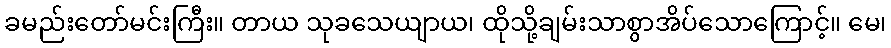
ခမည်းတော်မင်းကြီး။ တာယ သုခသေယျာယ၊ ထိုသို့ချမ်းသာစွာအိပ်သောကြောင့်။ မေ၊